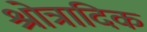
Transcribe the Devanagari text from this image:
श्रोत्रादिक